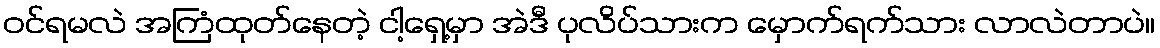
ဝင်ရမလဲ အကြံထုတ်နေတဲ့ ငါ့ရှေ့မှာ အဲဒီ ပုလိပ်သားက မှောက်ရက်သား လာလဲတာပဲ။